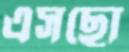
এসছো